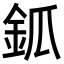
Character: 𨥝